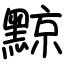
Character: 黥